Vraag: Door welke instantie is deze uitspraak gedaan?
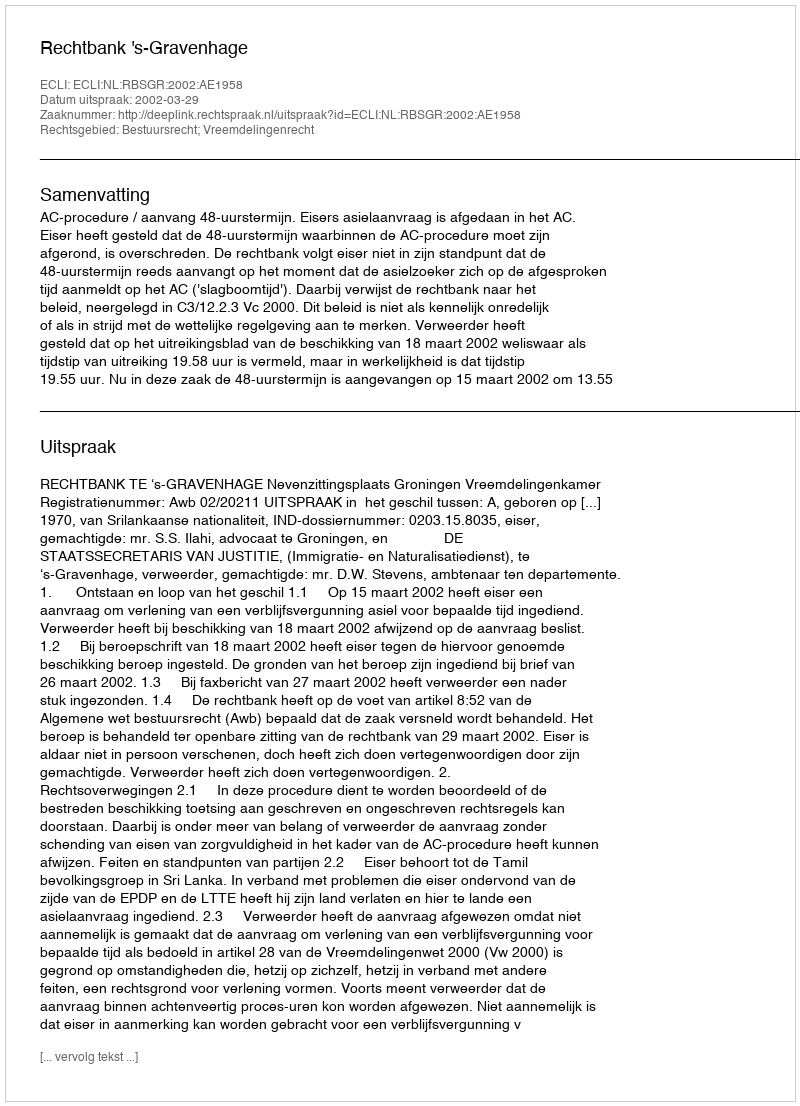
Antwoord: Rechtbank 's-Gravenhage